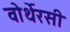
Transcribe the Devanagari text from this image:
वोर्थेरसी